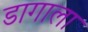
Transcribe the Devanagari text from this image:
डागाला